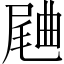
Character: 𣍁